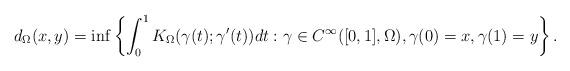
LaTeX: \begin{align*}d_{\Omega}(x,y) = \inf \left\{ \int_{0}^1 K_{\Omega}(\gamma(t); \gamma'(t)) dt : \gamma \in C^\infty([0,1],\Omega), \gamma(0)=x, \gamma(1)=y\right\}.\end{align*}